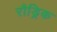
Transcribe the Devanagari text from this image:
रौड्रिक